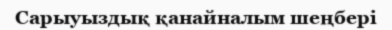
Сарыуыздық қанайналым шеңбері